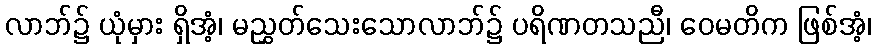
လာဘ်၌ ယုံမှား ရှိအံ့၊ မညွှတ်သေးသောလာဘ်၌ ပရိဏတသညီ၊ ဝေမတိက ဖြစ်အံ့၊